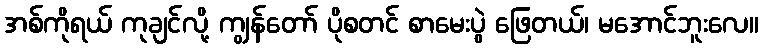
အစ်ကိုရယ် ကုချင်လို့ ကျွန်တော် ပိုစတင် စာမေးပွဲ ဖြေတယ်၊ မအောင်ဘူးလေ။